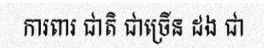
ការពារ ជាតិ ជាច្រើន ដង ជា